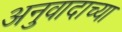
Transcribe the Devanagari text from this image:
अनुवादाच्‍या